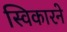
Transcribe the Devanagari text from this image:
स्विकारने